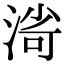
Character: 𣸌